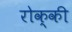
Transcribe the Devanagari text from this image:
रोक्की